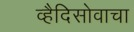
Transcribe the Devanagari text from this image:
व्हैदिसोवाचा